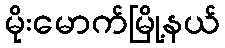
မိုးမောက်မြို့နယ်